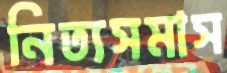
নিত্যসমাস